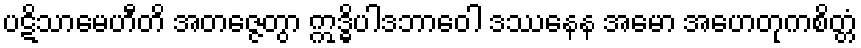
ပဋိသာမေဟီတိ အတဇ္ဇေတွာ ဣဒ္ဓိပါဒဘာဝေါ ဒဿနေန အမော အဟေတုကစိတ္တံ